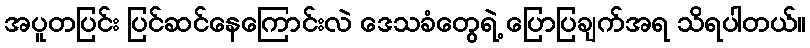
အပူတပြင်း ပြင်ဆင်နေကြောင်းလဲ ဒေသခံတွေရဲ့ ပြောပြချက်အရ သိရပါတယ်။